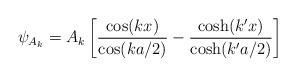
LaTeX: \begin{align*}\psi_{A_{k}} = A_{k}\left[\frac{\cos(kx)}{\cos(ka/2)}-\frac{\cosh(k'x)}{\cosh(k'a/2)}\right]\end{align*}